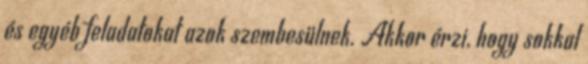
és egyéb feladatokat azok szembesülnek. Akkor érzi, hogy sokkal